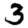
Digit: 3